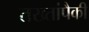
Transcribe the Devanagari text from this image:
तख्तांपैकी